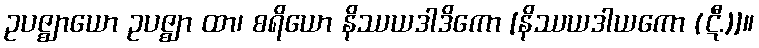
ဥပဇ္ဈာယော ဥပဇ္ဈာ ထာ၊ စရိယော နိဿယဒါဒိကော [နိဿယဒါယကော (ဋီ.)]။